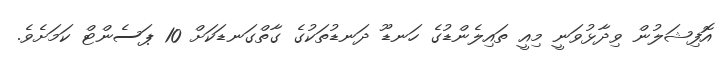
އޮފިޝަލުން ވިދާޅުވަނީ މިއީ ތައިލެންޑުގެ ހަނޑޫ ދަނޑުތަކުގެ ގާތްގަނޑަކަށް 10 ޕަސެންޓް ކަމަށެވެ.